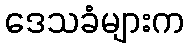
ဒေသခံများက